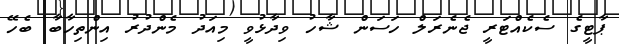
ޕާޓީގެ ސެކެއްޓަރީ ޖެނެރަލް ހަސަން ޝާހު ވިދާޅުވީ މިއަދު މެންދުރު އިންތިހާބާ ބެހޭ